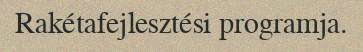
Rakétafejlesztési programja.